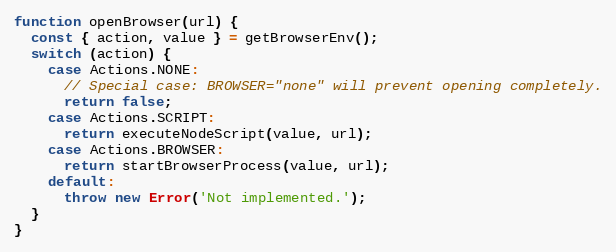
Language: JavaScript
function openBrowser(url) {
  const { action, value } = getBrowserEnv();
  switch (action) {
    case Actions.NONE:
      // Special case: BROWSER="none" will prevent opening completely.
      return false;
    case Actions.SCRIPT:
      return executeNodeScript(value, url);
    case Actions.BROWSER:
      return startBrowserProcess(value, url);
    default:
      throw new Error('Not implemented.');
  }
}